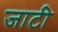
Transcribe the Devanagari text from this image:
जाटी